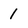
Character: 1